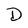
Character: D